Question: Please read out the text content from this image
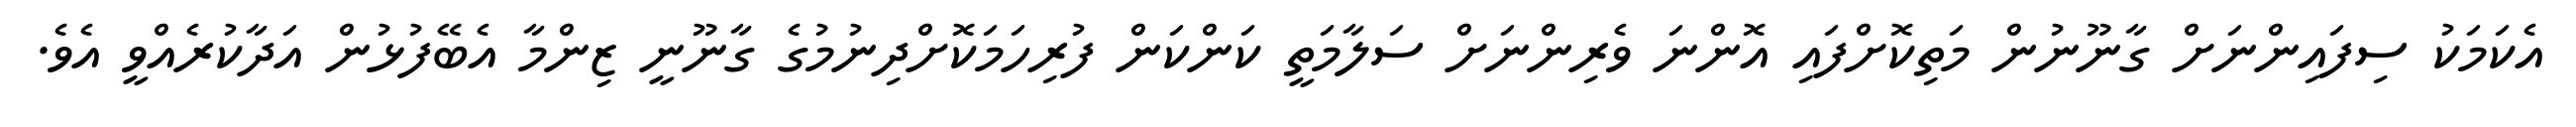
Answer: އެކަމަކު ސިފައިންނަށް ގާނޫނުން މަތިކޮށްފައި އޮންނަ ވެރިންނަށް ސަލާމަތީ ކަންކަން ފުރިހަމަކޮށްދިނުމުގެ ގާނޫނީ ޒިންމާ އެބޭފުޅުން އަދާކުރެއްވީ އެވެ.